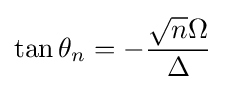
\tan \theta _{n}=-{\frac {{\sqrt {n}}\Omega }{\Delta }}